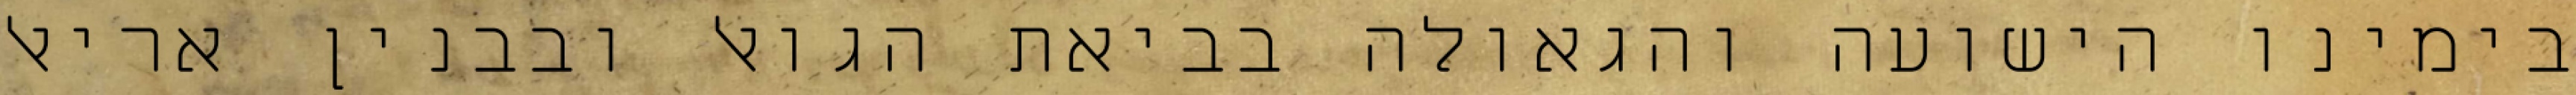
בימינו הישועה והגאולה בביאת הגואל ובבנין אריאל